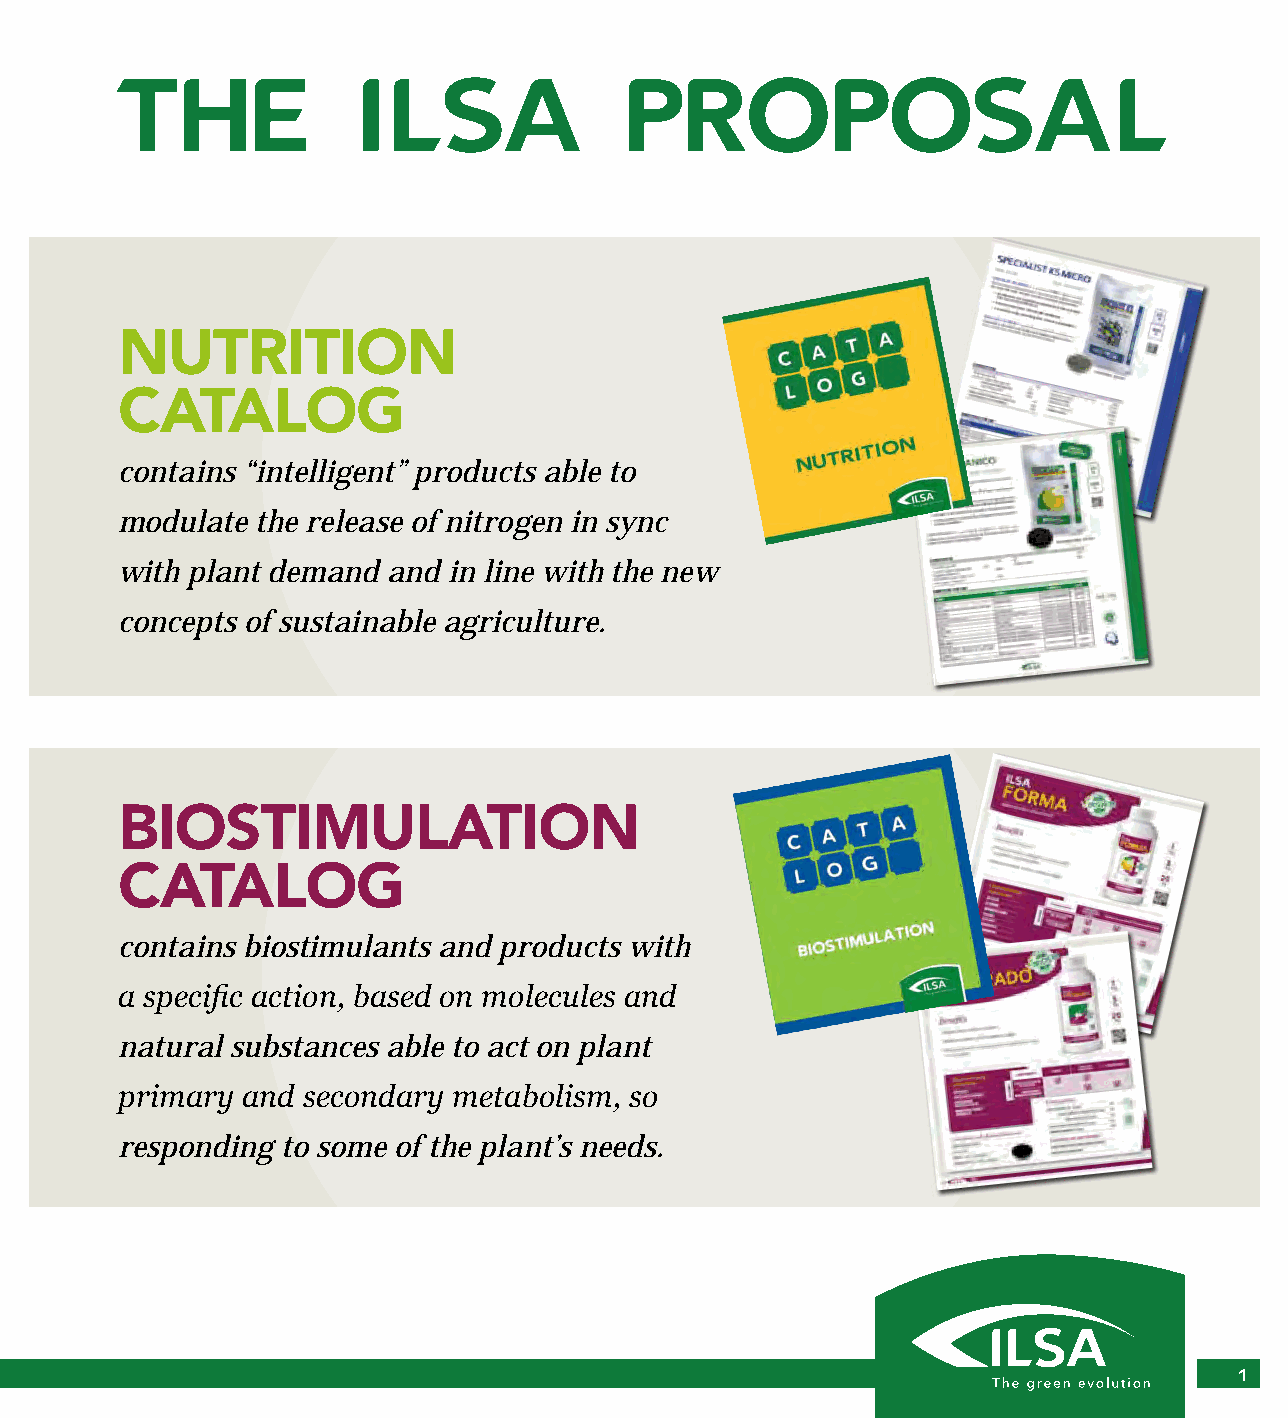
THE            ILSA              PROPOSAL
 NUTRITION
 CATALOG
 contains “intelligent” products able to
 modulate the release of nitrogen in sync
 with plant demand and in line with the new
 concepts of sustainable agriculture.
 BIOSTIMULATION
 CATALOG
 contains biostimulants and products with
 a specific action, based on molecules and
 natural substances able to act on plant
 primary and secondary metabolism, so
 responding to some of the plant’s needs.
 1